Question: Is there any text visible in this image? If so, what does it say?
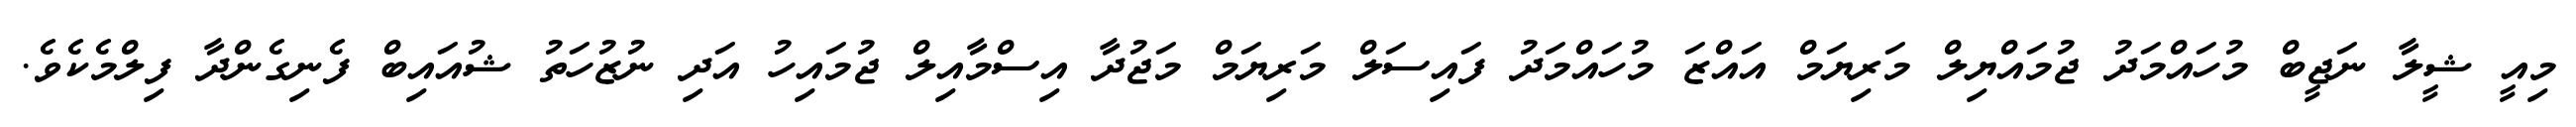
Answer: މިއީ ޝީލާ ނަޖީބް މުހައްމަދު ޖުމައްޔިލް މަރިޔަމް އައްޒަ މުހައްމަދު ފައިސަލް މަރިޔަމް މަޖުދާ އިސްމާއިލް ޖުމައިހު އަދި ނުޒުހަތު ޝުއައިބް ފެނިގެންދާ ފިލްމެކެވެ.